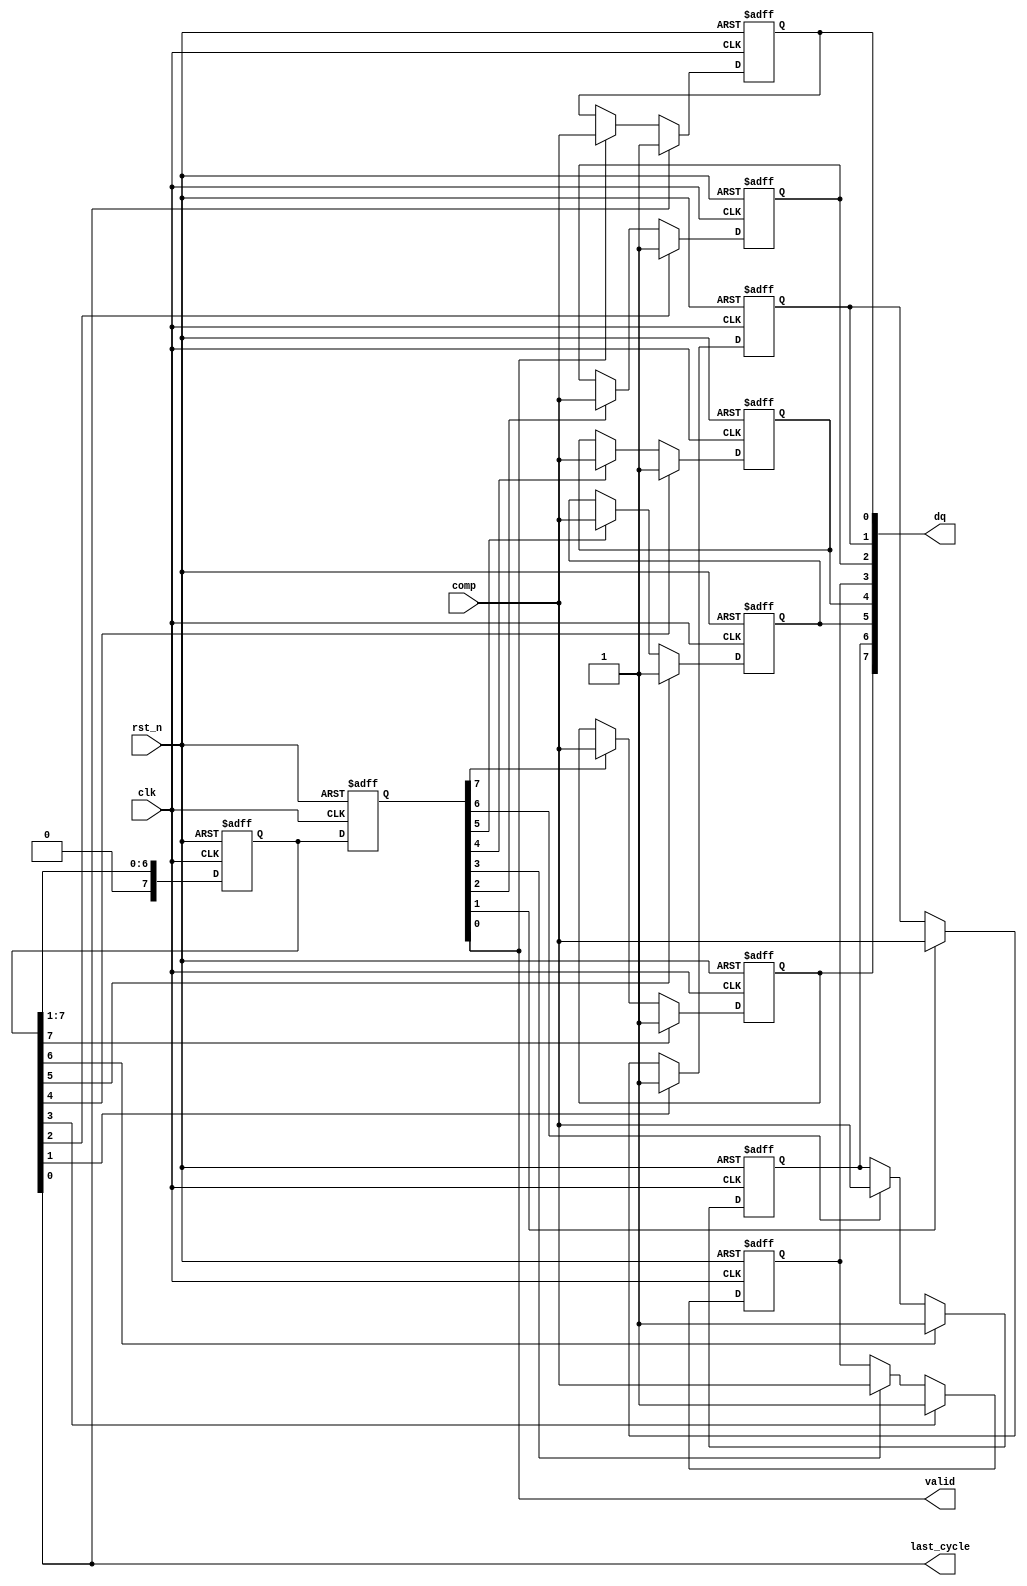
`timescale 1ns/1ps
// SAR Controller - Fully Synchronized version.
// The sr_dly register is introduced to avoid using asynchronous DFF control
// Making it more friendly to the synthesis tools
module sarcon_sync #(
    parameter N = 8
)(
    input          rst_n,   // synchronous
    input          clk,     //
    input          comp,
    output [N-1:0] dq,
    output         valid,
    output         last_cycle
);
    genvar gi;
    reg [N-1:0] dr;
    reg [N-1:0] sr;
    reg [N-1:0] sr_dly;
    always @(posedge clk or negedge rst_n) begin
        if(~rst_n) begin
            sr     <= {1'b1,{(N-1){1'b0}}};
            sr_dly <= {N{1'b0}};
        end else begin
            sr     <= {1'b0,sr[N-1:1]};
            sr_dly <= sr;
        end
    end
    generate
        for(gi=0;gi<N;gi=gi+1) begin: gen_datareg
            always @(posedge clk or negedge rst_n) begin
                if(~rst_n)          dr[gi] <= 1'b0;
                else if(sr[gi])     dr[gi] <= 1'b1;
                else if(sr_dly[gi]) dr[gi] <= comp;
                else                dr[gi] <= dr[gi];
            end
        end
    endgenerate

    assign last_cycle = sr[0];
    assign valid      = sr_dly[0];
    assign dq = dr;

endmodule /* sarcon_sync */